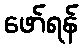
ဖော်ရန်